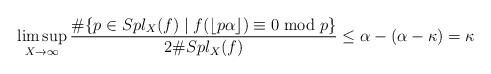
LaTeX: \begin{align*}\limsup_{X\to\infty}\frac{\#\{p\in Spl_X(f)\mid f(\lfloor p\alpha\rfloor)\equiv0\bmod p\}}{2\#Spl_X(f)}\le\alpha-(\alpha-\kappa)=\kappa\end{align*}